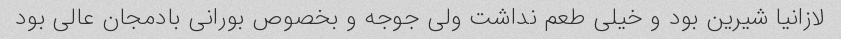
لازانیا شیرین بود و خیلی طعم نداشت ولی جوجه و بخصوص بورانی بادمجان عالی بود